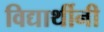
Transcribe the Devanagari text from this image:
विद्यार्थीनी